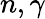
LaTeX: n,\gamma